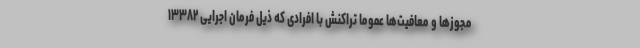
مجوزها و معافیت‌ها عموما تراکنش با افرادی که ذیل فرمان اجرایی ۱۳۳۸۲